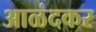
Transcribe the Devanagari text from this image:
आळंदकर